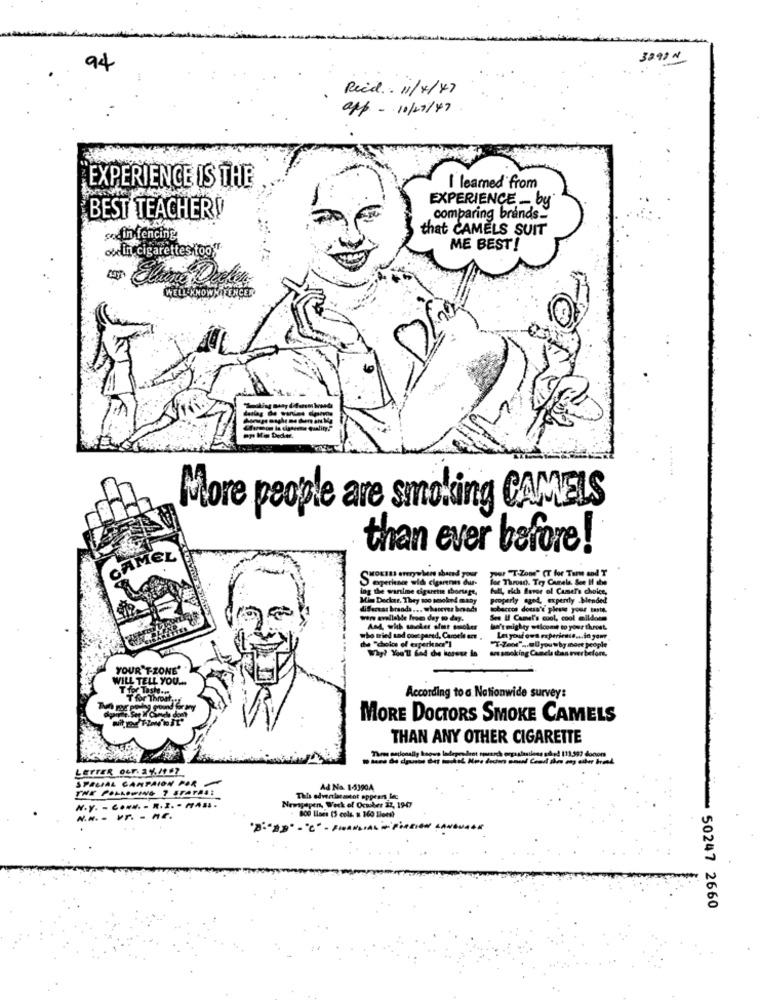
3391 N
94
Reed. . 11/4 / 4 7
app - 11/12/47
EXPERIENCE IS THE
I learned from
BEST TEACHERD
EXPERIENCE- by
comparing brands.
that CAMELS SUIT
sodin fencing
otelin cigarettes too,"
ME BEST!
WELLKNOWN RENCES
mp Ma Deder.
More people are smoking CAMELS
than ever before!
CAMEL
POST-Zom" CT for Tam and T
lse Through. Try Camels See !!
ing the wartime cigarette sbortre,
fully rich favor of Camera choice,
Mim Decker, They too smoked many
Properly ogod, expertly -Mended
differvat brands ... whenever bonds
tobaccos dousa's please your taste.
wwww evallable free day to day.
See Il Camel's cool, cool mildoen
be't mighty wtlcome to your throat.
who tried and com pared, Carotis en .
de "dolce of experience"]
Let your own experiente ... in yamy
"T-7001" -. 00youwhymore people
ao smoking Canela than ever before.
YOUR'T-ZONE"
WILL TELL YOU ..
According to a Nationwide survey:
MORE DOCTORS SMOKE CAMELS
THAN ANY OTHER CIGARETTE
LETTER OLF. 2 %. /+ 67
SPECIAL CAMPAIGN POR -
THE POLLOWING ? STATES:
Ad Na. 143904
This edveerlemiot appears fac
N.Y. - C .... - R. I. - MA .. .
Week of October 27, 19-07
~ 50247 2660